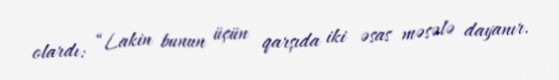
olardı: “Lakin bunun üçün qarşıda iki əsas məsələ dayanır.